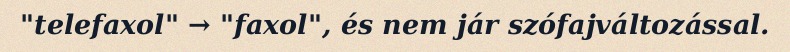
"telefaxol" → "faxol", és nem jár szófajváltozással.